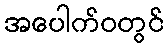
အပေါက်ဝတွင်